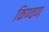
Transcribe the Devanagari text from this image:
किण्वण